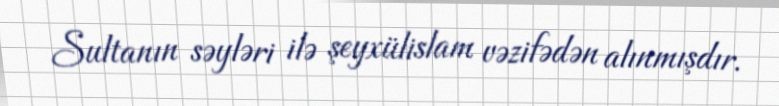
Sultanın səyləri ilə şeyxülislam vəzifədən alınmışdır.